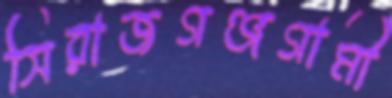
সিরাজগঞ্জগামী